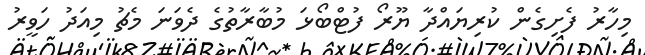
މިހާރު ފެށިގެން ކުރިޔައްދާ ޔޫރޯ ފުޓްބޯޅަ މުބާރާތުގެ ދެވަނަ މެޗު މިއަދު ހަވީރު